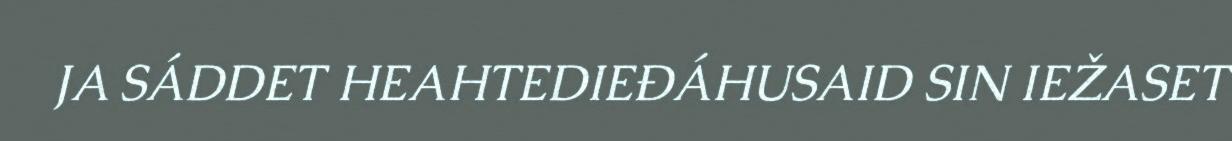
JA SÁDDET HEAHTEDIEĐÁHUSAID SIN IEŽASET